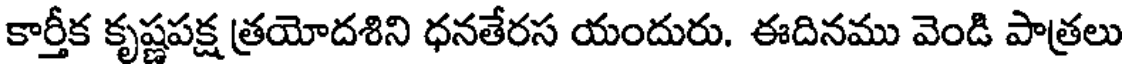
కార్తీక కృష్ణపక్ష త్రయోదశిని ధనతేరస యందురు. ఈదినము వెండి పాత్రలు